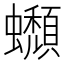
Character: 𧔾